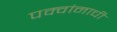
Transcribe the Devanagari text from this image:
पक्वांनाची